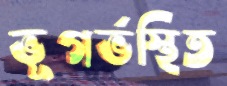
ভূগর্ভস্থিত